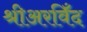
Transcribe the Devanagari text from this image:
श्रीअरविँद